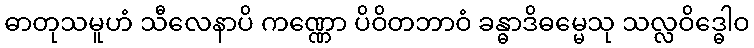
ဓာတုသမူဟံ သီလေနာပိ ကဏ္ဏော ပိဝိတဘာဝံ ခန္ဓာဒိဓမ္မေသု သလ္လဝိဒ္ဓေါဝ